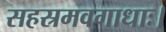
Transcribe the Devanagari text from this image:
सहस्रमवगाधाः।